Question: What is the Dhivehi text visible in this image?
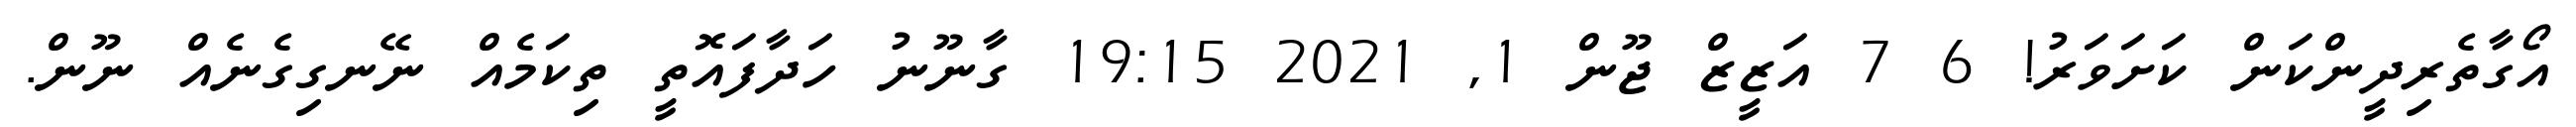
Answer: އޯގާތެރިދީންކަން ކަށަވަރު! 6 7 އަޒީޒް ޖޫން 1, 2021 19:15 ގާނޫނު ހަދާފައޮތީ ތިކަމެއް ނޭނގިގެނެއް ނޫން.